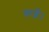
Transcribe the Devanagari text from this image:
कब्रें।